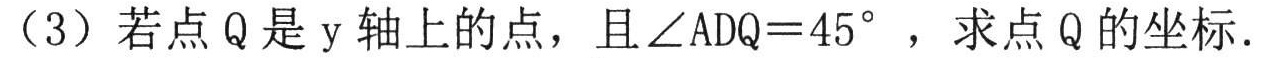
（3）若点 Q 是 y 轴上的点，且\(\angle ADQ = 45^{\circ}\)，求点 Q 的坐标．